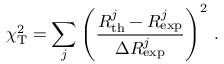
\chi _ { \mathrm { T } } ^ { 2 } = \sum _ { j } \left( \frac { R _ { \mathrm { t h } } ^ { j } - R _ { \mathrm { e x p } } ^ { j } } { { \Delta R _ { \mathrm { e x p } } ^ { j } } } \right) ^ { 2 } \, .